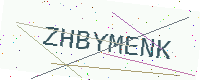
Text: ZHBYMENK